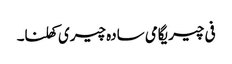
فی چیریگامی سادہ چیری کھلنا۔